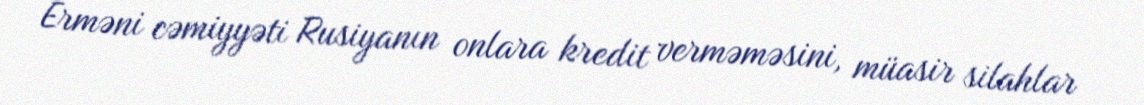
Erməni cəmiyyəti Rusiyanın onlara kredit verməməsini, müasir silahlar